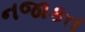
નજાકત